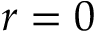
r = 0